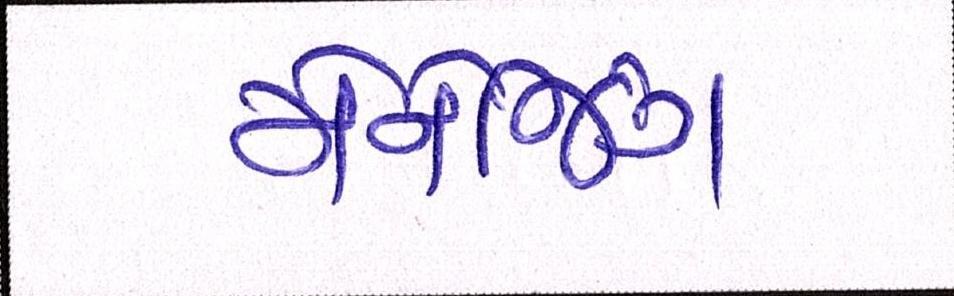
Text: મેનેજિંગ